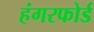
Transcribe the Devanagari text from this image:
हंगरफोर्ड